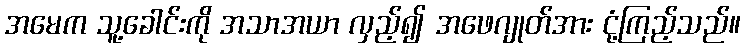
အမေက သူ့ခေါင်းကို အသာအယာ လှည့်၍ အဖေဂျုတ်အား ငုံ့ကြည့်သည်။